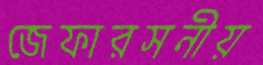
জেফারসনীয়